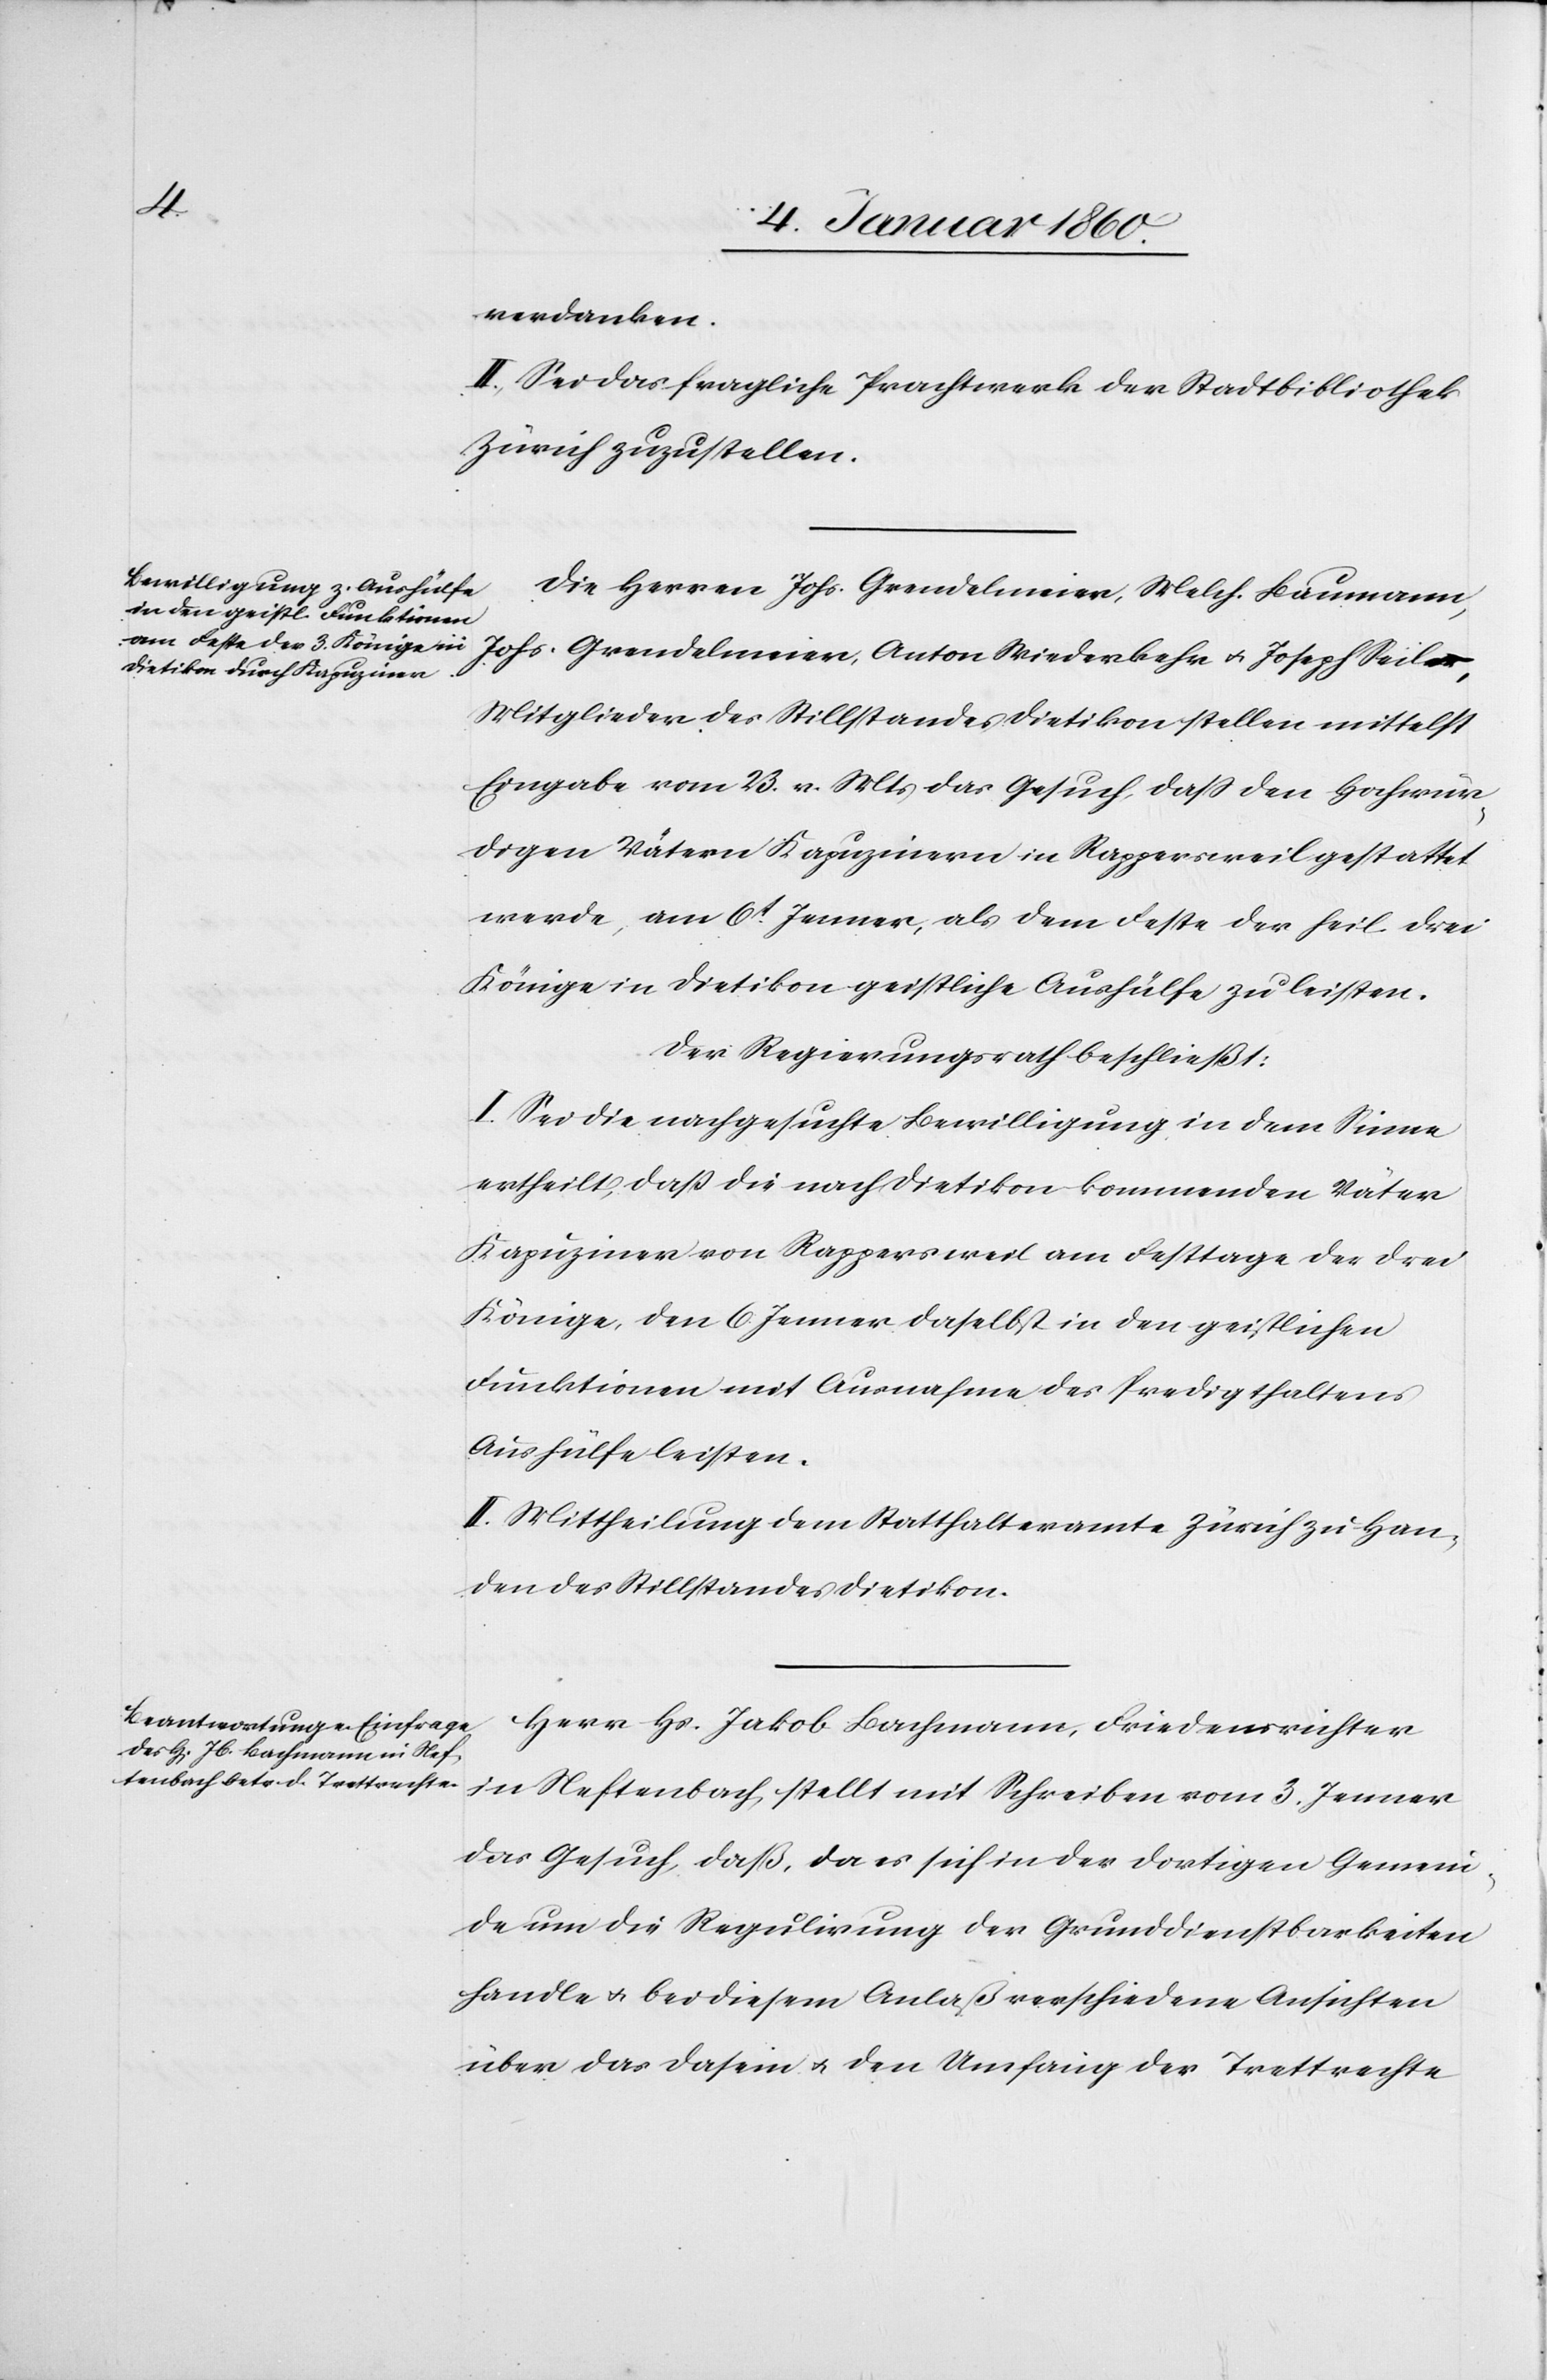
verdanken.
II. Sei das fragliche Prachtwerk der Stadtbibliothek
Zürich zuzustellen.
Die Herren Johs. Grendelmeier, Melch. Baumann,
Johs. Grendelmeier, Anton Wiederkehr u. Joseph Seiler,
Mitglieder des Stillstandes Dietikon stellen mittelst
Eingabe vom 23. v. Mts. das Gesuch, daß den hochwür¬
digen Vätern Kapuzinern in Rappersweil gestattet
werde, am 6t Jenner, als dem Feste der heil. drei
Könige in Dietikon geistliche Aushülfe zu leisten.
der Regierungsrath beschließt:
I. Sei die nachgesuchte Bewilligung in dem Sinne
ertheilt, daß die nach Dietikon kommenden Väter
Kapuziner von Rappersweil am Festtage der drei
Könige den 6. Jenner daselbst in den geistlichen
Funktionen mit Ausnahme des Predigthaltens
Aushülfe leisten.
II. Mittheilung dem Statthalteramte Zürich zu Han¬
den des Stillstandes Dietikon.
Herr Hs. Jakob Bachmann, Friedensrichter
in Neftenbach, stellt mit Schreiben vom 3. Jenner
das Gesuch, daß, da es sich in der dortigen Gemein¬
de um die Regulirung der Grunddienstbarkeiten
handle u. bei diesem Anlaß verschiedene Ansichten
über das Dasein u. den Umfang der Trettrechte